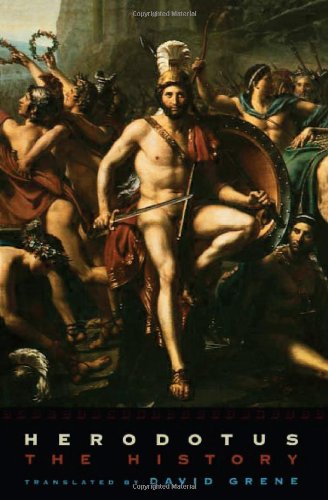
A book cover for Herodotus: The History; Herodotus; Literature & Fiction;